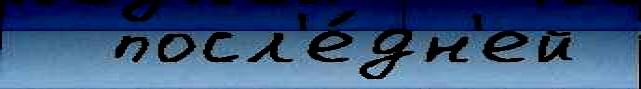
  посл'е́дн'ей